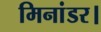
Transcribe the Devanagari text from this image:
मिनांडर।